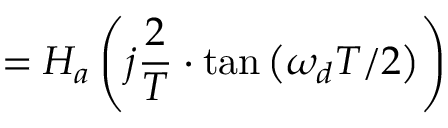
= H _ { a } \left( j { \frac { 2 } { T } } \cdot \tan \left( \omega _ { d } T / 2 \right) \right)